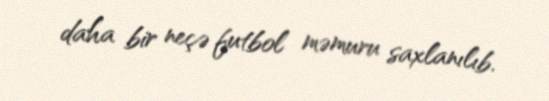
daha bir neçə futbol məmuru saxlanılıb.